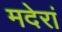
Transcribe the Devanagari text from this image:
मदेरां